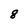
Character: 8